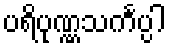
ပရိပုဏ္ဏသင်္ကပ္ပါ